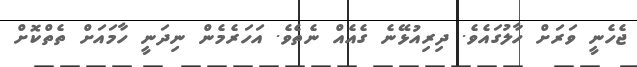
ޖެހެނީ ވަރަށް ހާލުގައެވެ. ދިރިއުޅޭނެ ގެއެއް ނެތެވެ. އަހަރެމެން ނިދަނީ ހާމައަށް ތެތްކޮށް